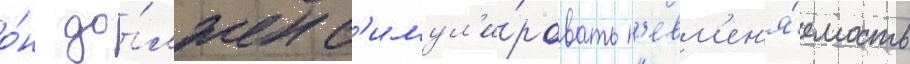
о́н до́лжен с'имул'и́ровать н'евм'ен'я́емость